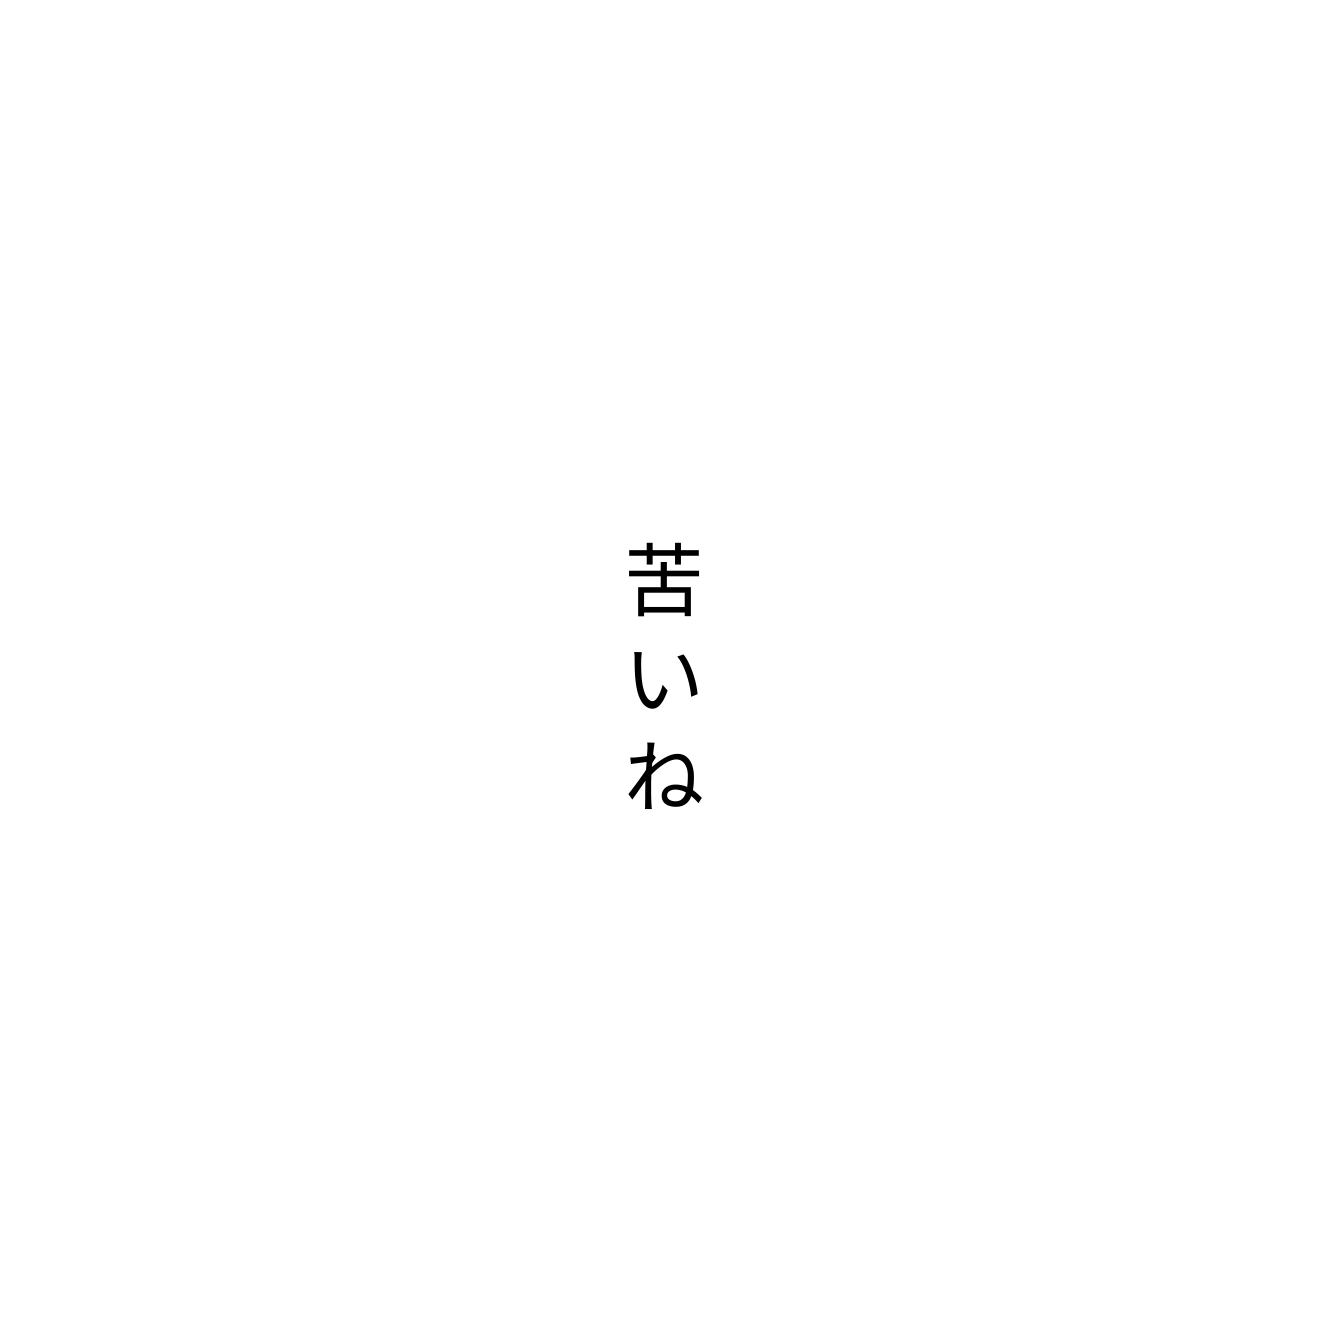
苦いね